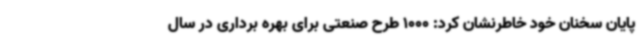
پایان سخنان خود خاطرنشان کرد: 1000 طرح صنعتی برای بهره برداری در سال